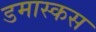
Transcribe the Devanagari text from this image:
डमास्कस